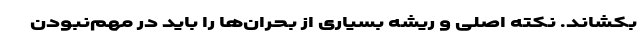
بکشاند. نکته اصلی و ریشه بسیاری از بحران‌ها را باید در مهم‌نبودن